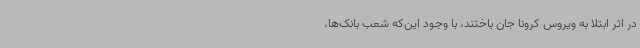
در اثر ابتلا به ویروس کرونا جان باختند، با وجود این‌که شعب بانک‌ها،